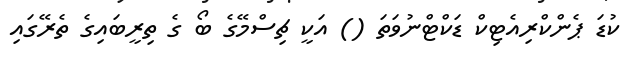
ކުޑަ ޕެންކްރިއެޓިކް ޑަކްޓްނުވަތަ () އަކީ ޗިސްމޭގެ ބޯ ގެ ތިރީބައިގެ ތެރޭގައި